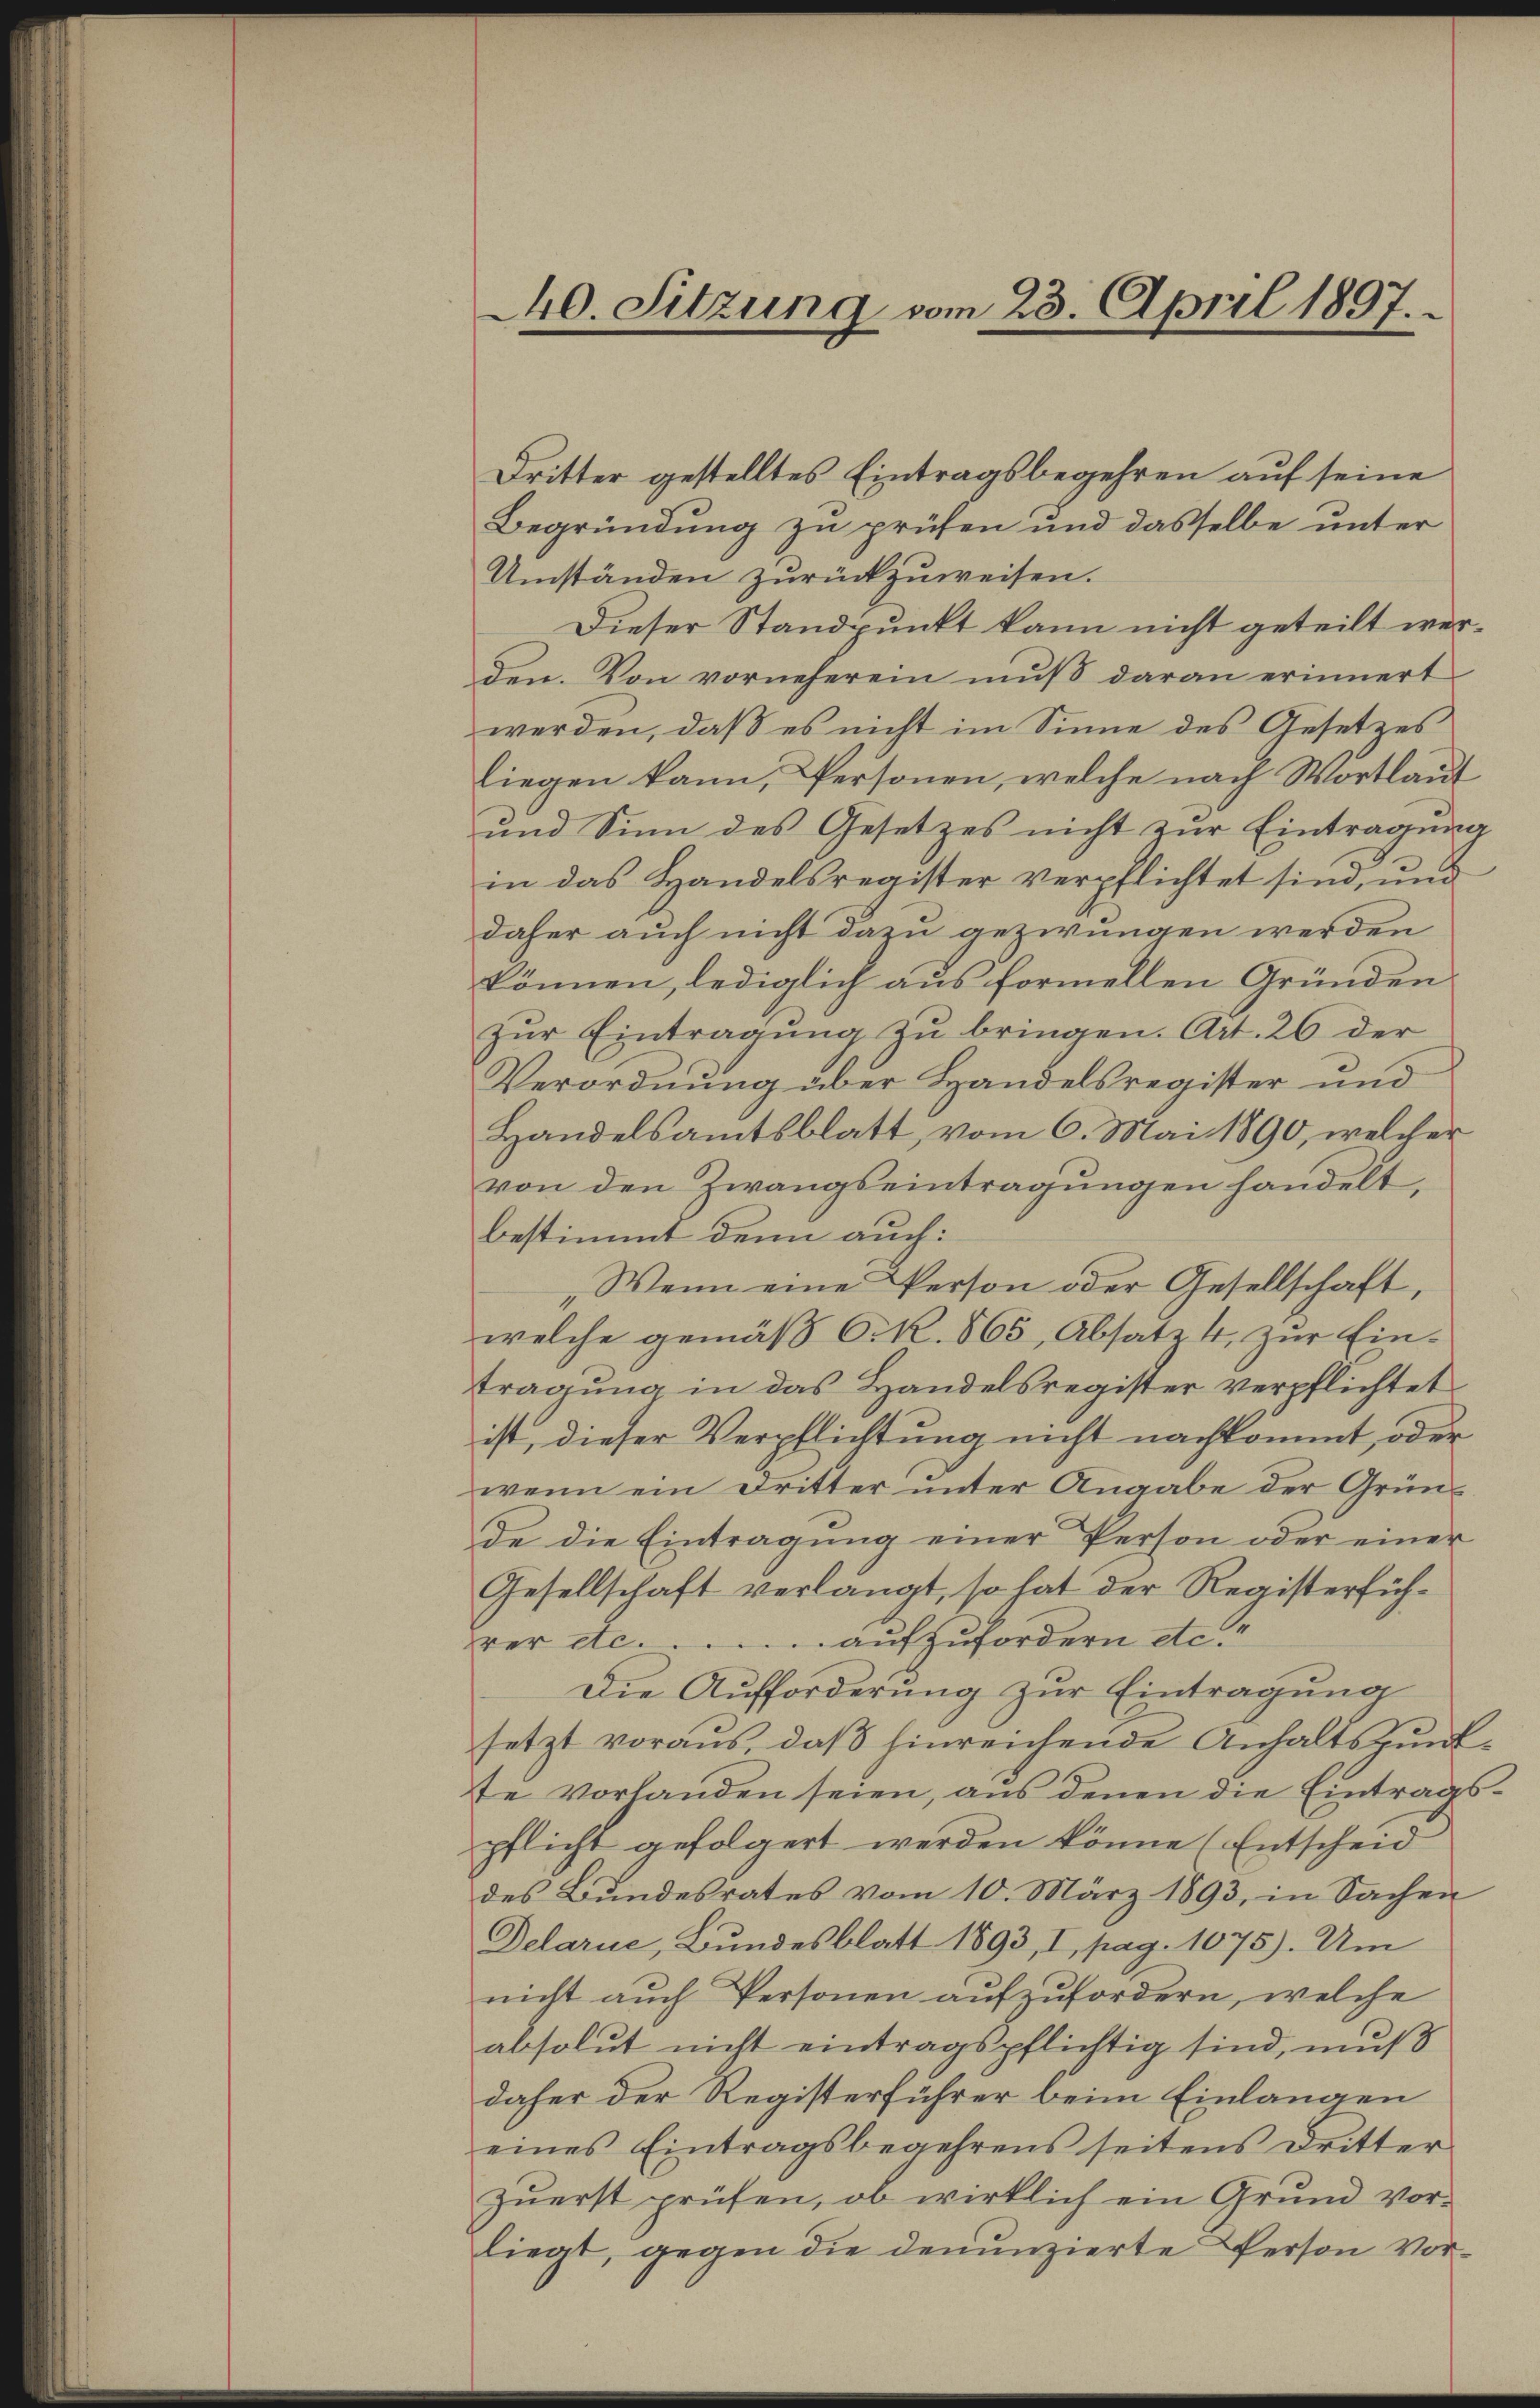
40. Sitzung vom 23. April 1897.

Dritter gestelltes Eintragsbegehren auf seine
Begründung zu prüfen und dasselbe unter
Umständen zurückzuweisen.
Dieser Standpunkt kann nicht geteilt werden. Von vorneherein muß daran erinnert
werden, daß es nicht im Sinne des Gesetzes
liegen kann, Personen, welche nach Wortlaut
und Sinn des Gesetzes nicht zur Eintragung
in das Handelsregister verpflichtet sind, und
daher auch nicht dazu gezwungen werden
können, lediglich aus formellen Gründen
zur Eintragung zu bringen. Art. 26 der
Verordnung über Handelsregister und
Handelsamtsblatt, vom 6. Mai 1890, welcher
von den Zwangseintragungen handelt,
bestimmt denn auch:
„Wenn eine Person oder Gesellschaft,
welche gemäß O. R. 565, Absatz 4 zur Eintragung in das Handelsregister verpflichtet
ist, dieser Verpflichtung nicht nachkommt, oder
wenn ein Dritter unter Angabe der Gründe die Eintragung einer Person oder einer
Gesellschaft verlangt, so hat der Registerführer etc. . . . . . . aufzufordern etc.
Die Aufforderung zur Eintragung
setzt voraus, daß hinreichende Anhaltspunkte vorhanden seien, aus denen die Eintragspflicht gefolgert werden könne (Entscheid
des Bundesrates vom 10. März 1893, in Sachen
Delarie, Bundesblatt 1893, I, pag. 1075). Um
nicht auch Personen aufzufordern, welche
absolut nicht eintragspflichtig sind, muß
daher der Registerführer beim Einlangen
eines Eintragsbegehrens seitens dritter
zuerst prüfen, ob wirklich ein Grund vorliegt, gegen die denunzierte Person Vor¬